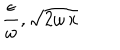
\frac { \epsilon } { \omega } , \sqrt { 2 \omega \, x }